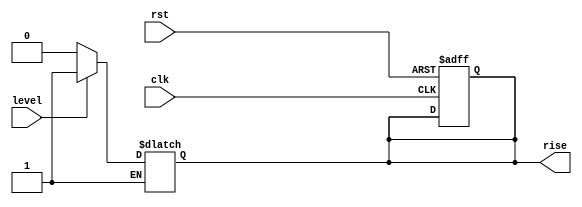
module riseedge_mealy( rst, clk, rise,level);
input rst;
input clk;
input level;
output reg rise;
reg state_nxt;
parameter HIGH =1, LOWW=0;
always @(posedge clk or posedge rst)
begin : label1
if(rst)
begin : label2
state_nxt =LOWW;
rise =LOWW;
end
end
always@(level, rst)
begin : label3
if(!level)
begin : label4
state_nxt=LOWW;
rise = LOWW;
end
else 
if(level)
begin : label5
state_nxt=HIGH;
rise=HIGH;
end
end
endmodule